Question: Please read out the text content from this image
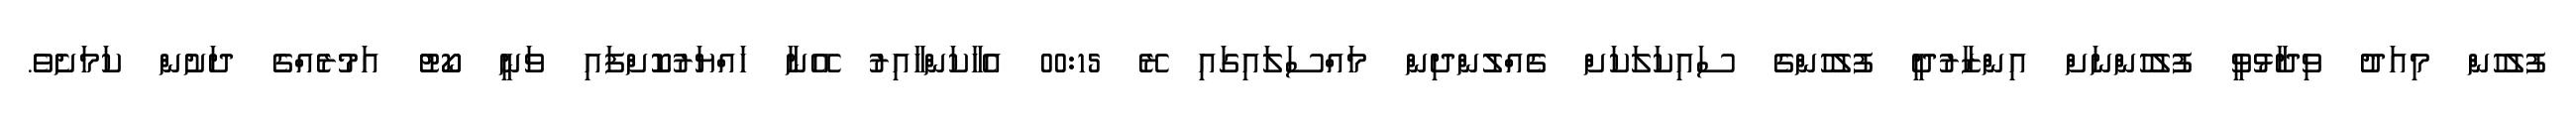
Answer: ފުލުހުން މިއަދު ވިދާޅުވީ ފުލުހުންނަށް އިންޒާރުދީ ފުލުހުންގެ ސައިކަލަކަށް ގެއްލުންދިން މައްސަލައިގައި ރޭ 00:15 އެހާކަންހާއިރު އޭނާ ހައްޔަރުކޮށްފައި ވަނީ ކޯޓު އަމުރެއްގެ ދަށުން ކަމަށެވެ.